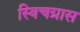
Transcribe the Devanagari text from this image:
स्विचग्रास